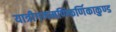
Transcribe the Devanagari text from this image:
यात्रीगणमणिकर्णिकाकुण्ड